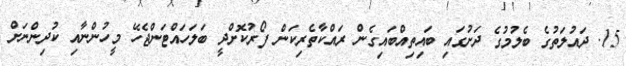
15. ދައުލަތުގެ ބެލުމުގެ ދަށުގައި ބައިތިއްބައިގެން ރައްކާތެރިކަން ފޯރުކޮށްދީ ބަލަހައްޓަންޖެހޭ މީހުންނާއި ކުދިންނަށް